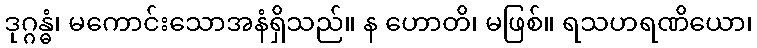
ဒုဂ္ဂန္ဓံ၊ မကောင်းသောအနံရှိသည်။ န ဟောတိ၊ မဖြစ်။ ရသဟရဏိယော၊